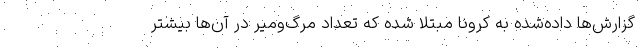
گزارش‌ها داده‌شده به کرونا مبتلا شده که تعداد مرگ‌ومیر در آن‌ها بیشتر